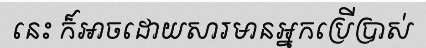
នេះ ក៏អាចដោយសារមានអ្នកប្រើប្រាស់